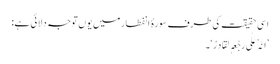
اسی حقیقت کی طرف سورۂ انفطار میں یوں توجہ دلائی ہے:
’اِنَّہٗ عَلٰی رَجْعِہٖ لَقَادِرٌ‘۔